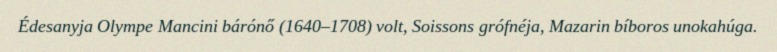
Édesanyja Olympe Mancini bárónő (1640–1708) volt, Soissons grófnéja, Mazarin bíboros unokahúga.